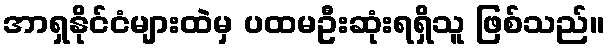
အာရှနိုင်ငံများထဲမှ ပထမဦးဆုံးရရှိသူ ဖြစ်သည်။